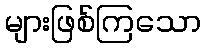
များဖြစ်ကြသော